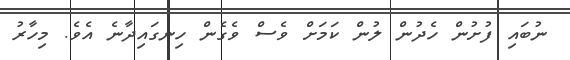
ނުބައި ފުށުން ހެދުން ލުން ކަމަށް ވެސް ވެގެން ހިނގައިދާނެ އެވެ. މިހާރު